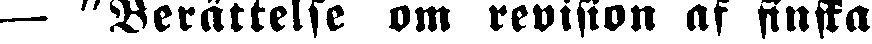
— "Berättelse om revision af finska